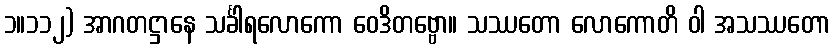
၁။၁၁၂) အာဂတဋ္ဌာနေ သင်္ခါရလောကော ဝေဒိတဗ္ဗော။ သဿတော လောကောတိ ဝါ အသဿတော